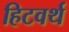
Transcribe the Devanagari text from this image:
हिटवर्थ